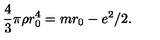
\frac 4 3 \pi \rho r _ { 0 } ^ { 4 } = m r _ { 0 } - e ^ { 2 } / 2 .